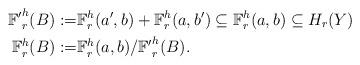
LaTeX: \begin{align*}\begin{aligned}{\mathbb F'}^h_r(B):=&\mathbb F^{h}_r(a',b)+ \mathbb F^{h}_r(a,b')\subseteq \mathbb F^{h}_r(a,b)\subseteq H_r(Y)\\\mathbb F^h_r(B):=&\mathbb F^{h}_r(a,b)/ {\mathbb F'}^{h}_r(B).\end{aligned}\end{align*}